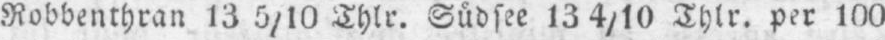
Robbenthran 13 5/10 Thlr. Südsee 13 4/10 Thlr. per 100